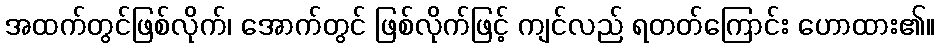
အထက်တွင်ဖြစ်လိုက်၊ အောက်တွင် ဖြစ်လိုက်ဖြင့် ကျင်လည် ရတတ်ကြောင်း ဟောထား၏။